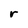
Character: r